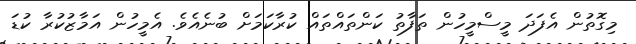
މިގޮތުން އެފަދަ މީސްމީހުން ތަފާތު ކަންތައްތައް ކުރާކަމަށް ބުނެއެވެ. އެމީހުން އަމާޒުކުރާ ކުޑަ